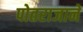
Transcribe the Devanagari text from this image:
पोतराजाने